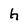
Character: h